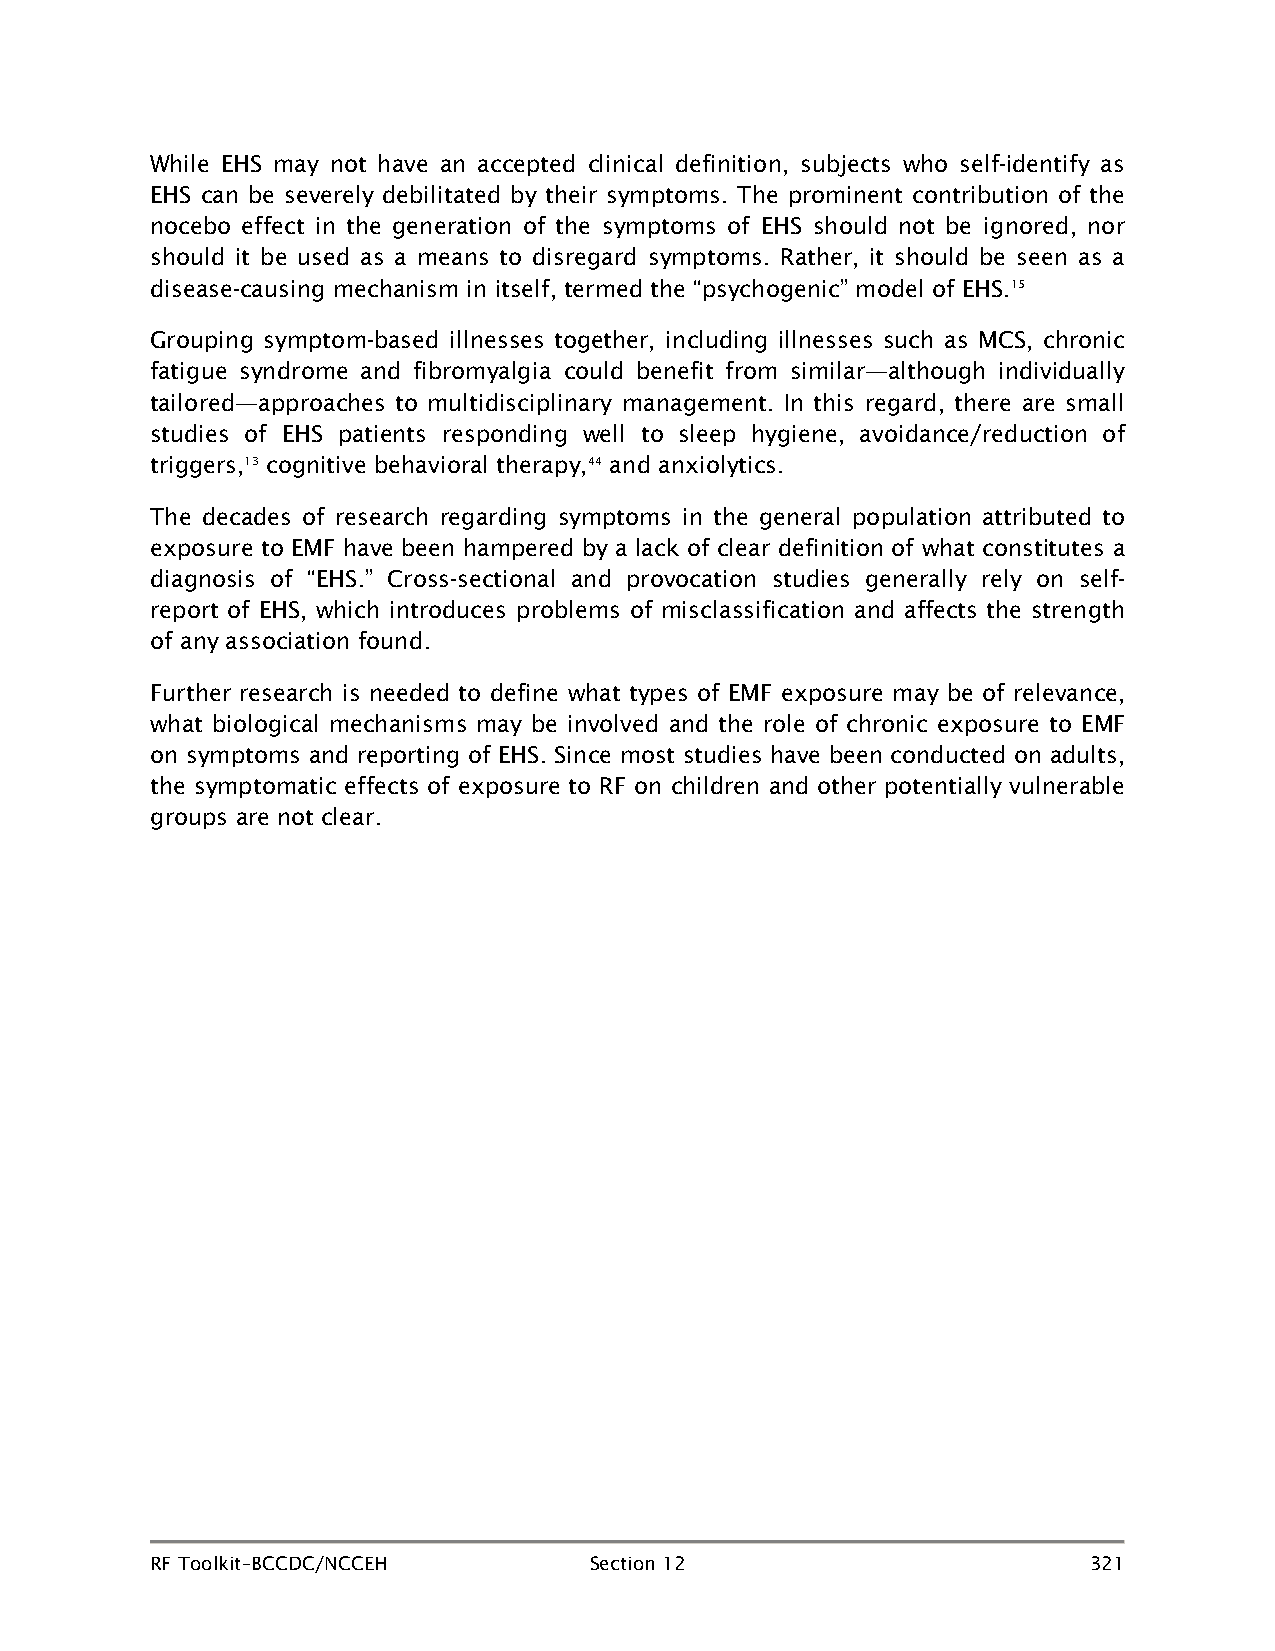
While EHS may not have an accepted clinical definition, subjects who self-identify as
 EHS can be severely debilitated by their symptoms. The prominent contribution of the
 nocebo effect in the generation of the symptoms of EHS should not be ignored, nor
 should it be used as a means to disregard symptoms. Rather, it should be seen as a
 disease-causing mechanism in itself, termed the “psychogenic” model of EHS.15
 Grouping symptom-based illnesses together, including illnesses such as MCS, chronic
 fatigue syndrome and fibromyalgia could benefit from similar—although individually
 tailored—approaches to multidisciplinary management. In this regard, there are small
 studies of EHS patients responding well to sleep hygiene, avoidance/reduction of
 triggers,13 cognitive behavioral therapy,44 and anxiolytics.
 The decades of research regarding symptoms in the general population attributed to
 exposure to EMF have been hampered by a lack of clear definition of what constitutes a
 diagnosis of “EHS.” Cross-sectional and provocation studies generally rely on self-
 report of EHS, which introduces problems of misclassification and affects the strength
 of any association found.
 Further research is needed to define what types of EMF exposure may be of relevance,
 what biological mechanisms may be involved and the role of chronic exposure to EMF
 on symptoms and reporting of EHS. Since most studies have been conducted on adults,
 the symptomatic effects of exposure to RF on children and other potentially vulnerable
 groups are not clear.
 RF Toolkit–BCCDC/NCCEH       Section 12                       321